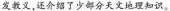
发教义，还介绍了少部分天文地理知识。